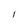
Character: l